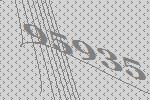
95935